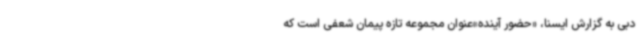
دبی به گزارش ایسنا، «حضور آینده»عنوان مجموعه تازه پیمان شعفی است که